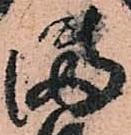
満